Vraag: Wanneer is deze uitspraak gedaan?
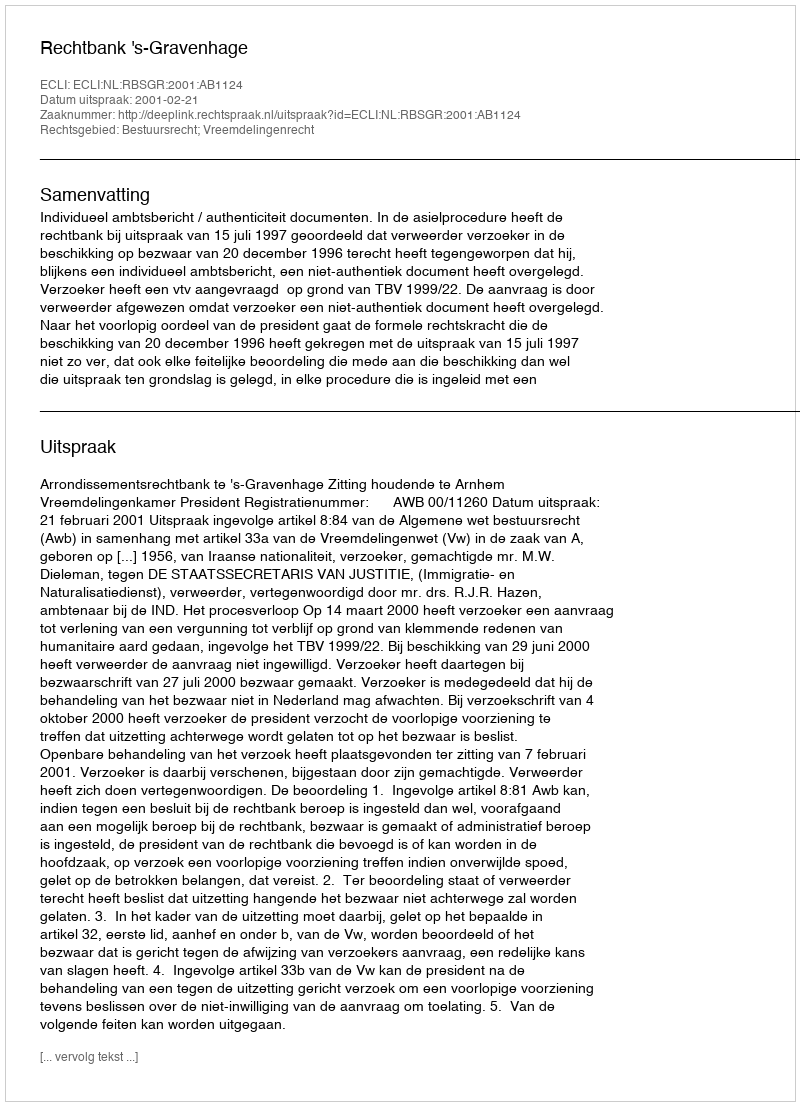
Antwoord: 2001-02-21